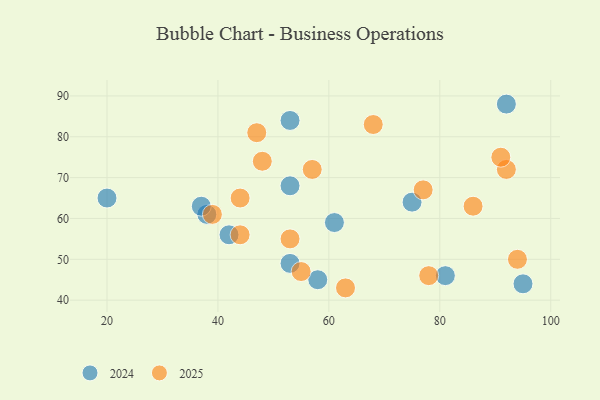
{"axis": {"x": "GDP", "y": "Life Expectancy"}, "legend": ["2024", "2025"], "data": [{"x": "92", "y": 72, "type": "2025"}, {"x": "68", "y": 83, "type": "2025"}, {"x": "48", "y": 74, "type": "2025"}, {"x": "77", "y": 67, "type": "2025"}, {"x": "39", "y": 61, "type": "2025"}, {"x": "86", "y": 63, "type": "2025"}, {"x": "55", "y": 47, "type": "2025"}, {"x": "57", "y": 72, "type": "2025"}, {"x": "44", "y": 56, "type": "2025"}, {"x": "91", "y": 75, "type": "2025"}, {"x": "63", "y": 43, "type": "2025"}, {"x": "44", "y": 65, "type": "2025"}, {"x": "47", "y": 81, "type": "2025"}, {"x": "53", "y": 55, "type": "2025"}, {"x": "78", "y": 46, "type": "2025"}, {"x": "94", "y": 50, "type": "2025"}, {"x": "42", "y": 56, "type": "2024"}, {"x": "38", "y": 61, "type": "2024"}, {"x": "81", "y": 46, "type": "2024"}, {"x": "95", "y": 44, "type": "2024"}, {"x": "37", "y": 63, "type": "2024"}, {"x": "20", "y": 65, "type": "2024"}, {"x": "53", "y": 49, "type": "2024"}, {"x": "92", "y": 88, "type": "2024"}, {"x": "61", "y": 59, "type": "2024"}, {"x": "53", "y": 68, "type": "2024"}, {"x": "75", "y": 64, "type": "2024"}, {"x": "58", "y": 45, "type": "2024"}, {"x": "53", "y": 84, "type": "2024"}]}